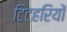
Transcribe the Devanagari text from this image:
टिटहरियों